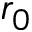
r _ { 0 }